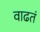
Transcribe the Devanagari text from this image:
वाढतं